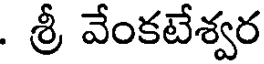
. శ్రీ వేంకటేశ్వర